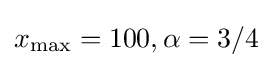
x_{\max }=100,\alpha =3/4